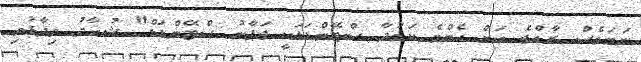
ނަމަވެސް ރާއްޖެ އަށް އެންމެ ކަމުދާ ސްޓޭންޑަޑަކީ ޖަޕާނު ސްޓޭންޑަޑް" ޝުހާދު ވިދާޅުވި